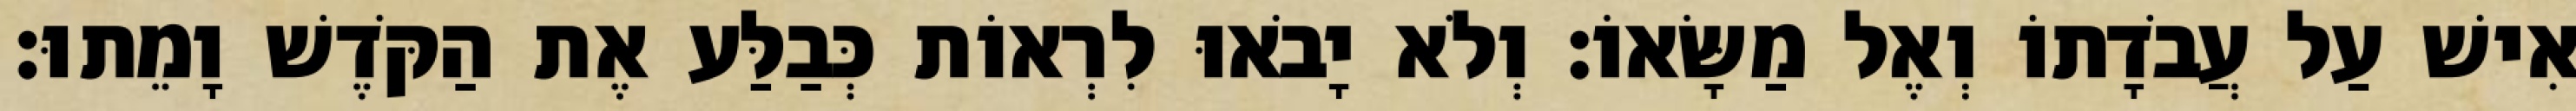
אִישׁ עַל עֲבֹדָתוֹ וְאֶל מַשָּׂאוֹ׃ וְלֹא יָבֹאוּ לִרְאוֹת כְּבַלַּע אֶת הַקֹּדֶשׁ וָמֵתוּ׃